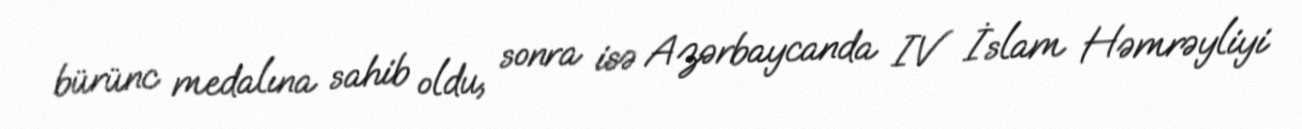
bürünc medalına sahib oldu, sonra isə Azərbaycanda IV İslam Həmrəyliyi